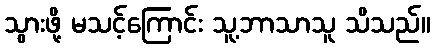
သွားဖို့ မသင့်ကြောင်း သူ့ဘာသာသူ သိသည်။